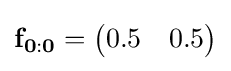
\mathbf {f_{0:0}} ={\begin{pmatrix}0.5&0.5\end{pmatrix}}